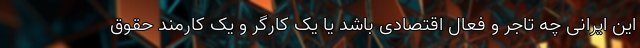
این ایرانی چه تاجر و فعال اقتصادی باشد یا یک کارگر و یک کارمند حقوق